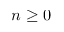
n \geq 0